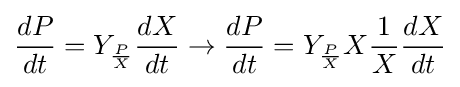
{\frac {dP}{dt}}=Y_{\frac {P}{X}}{\frac {dX}{dt}}\rightarrow {\frac {dP}{dt}}=Y_{\frac {P}{X}}X{\frac {1}{X}}{\frac {dX}{dt}}